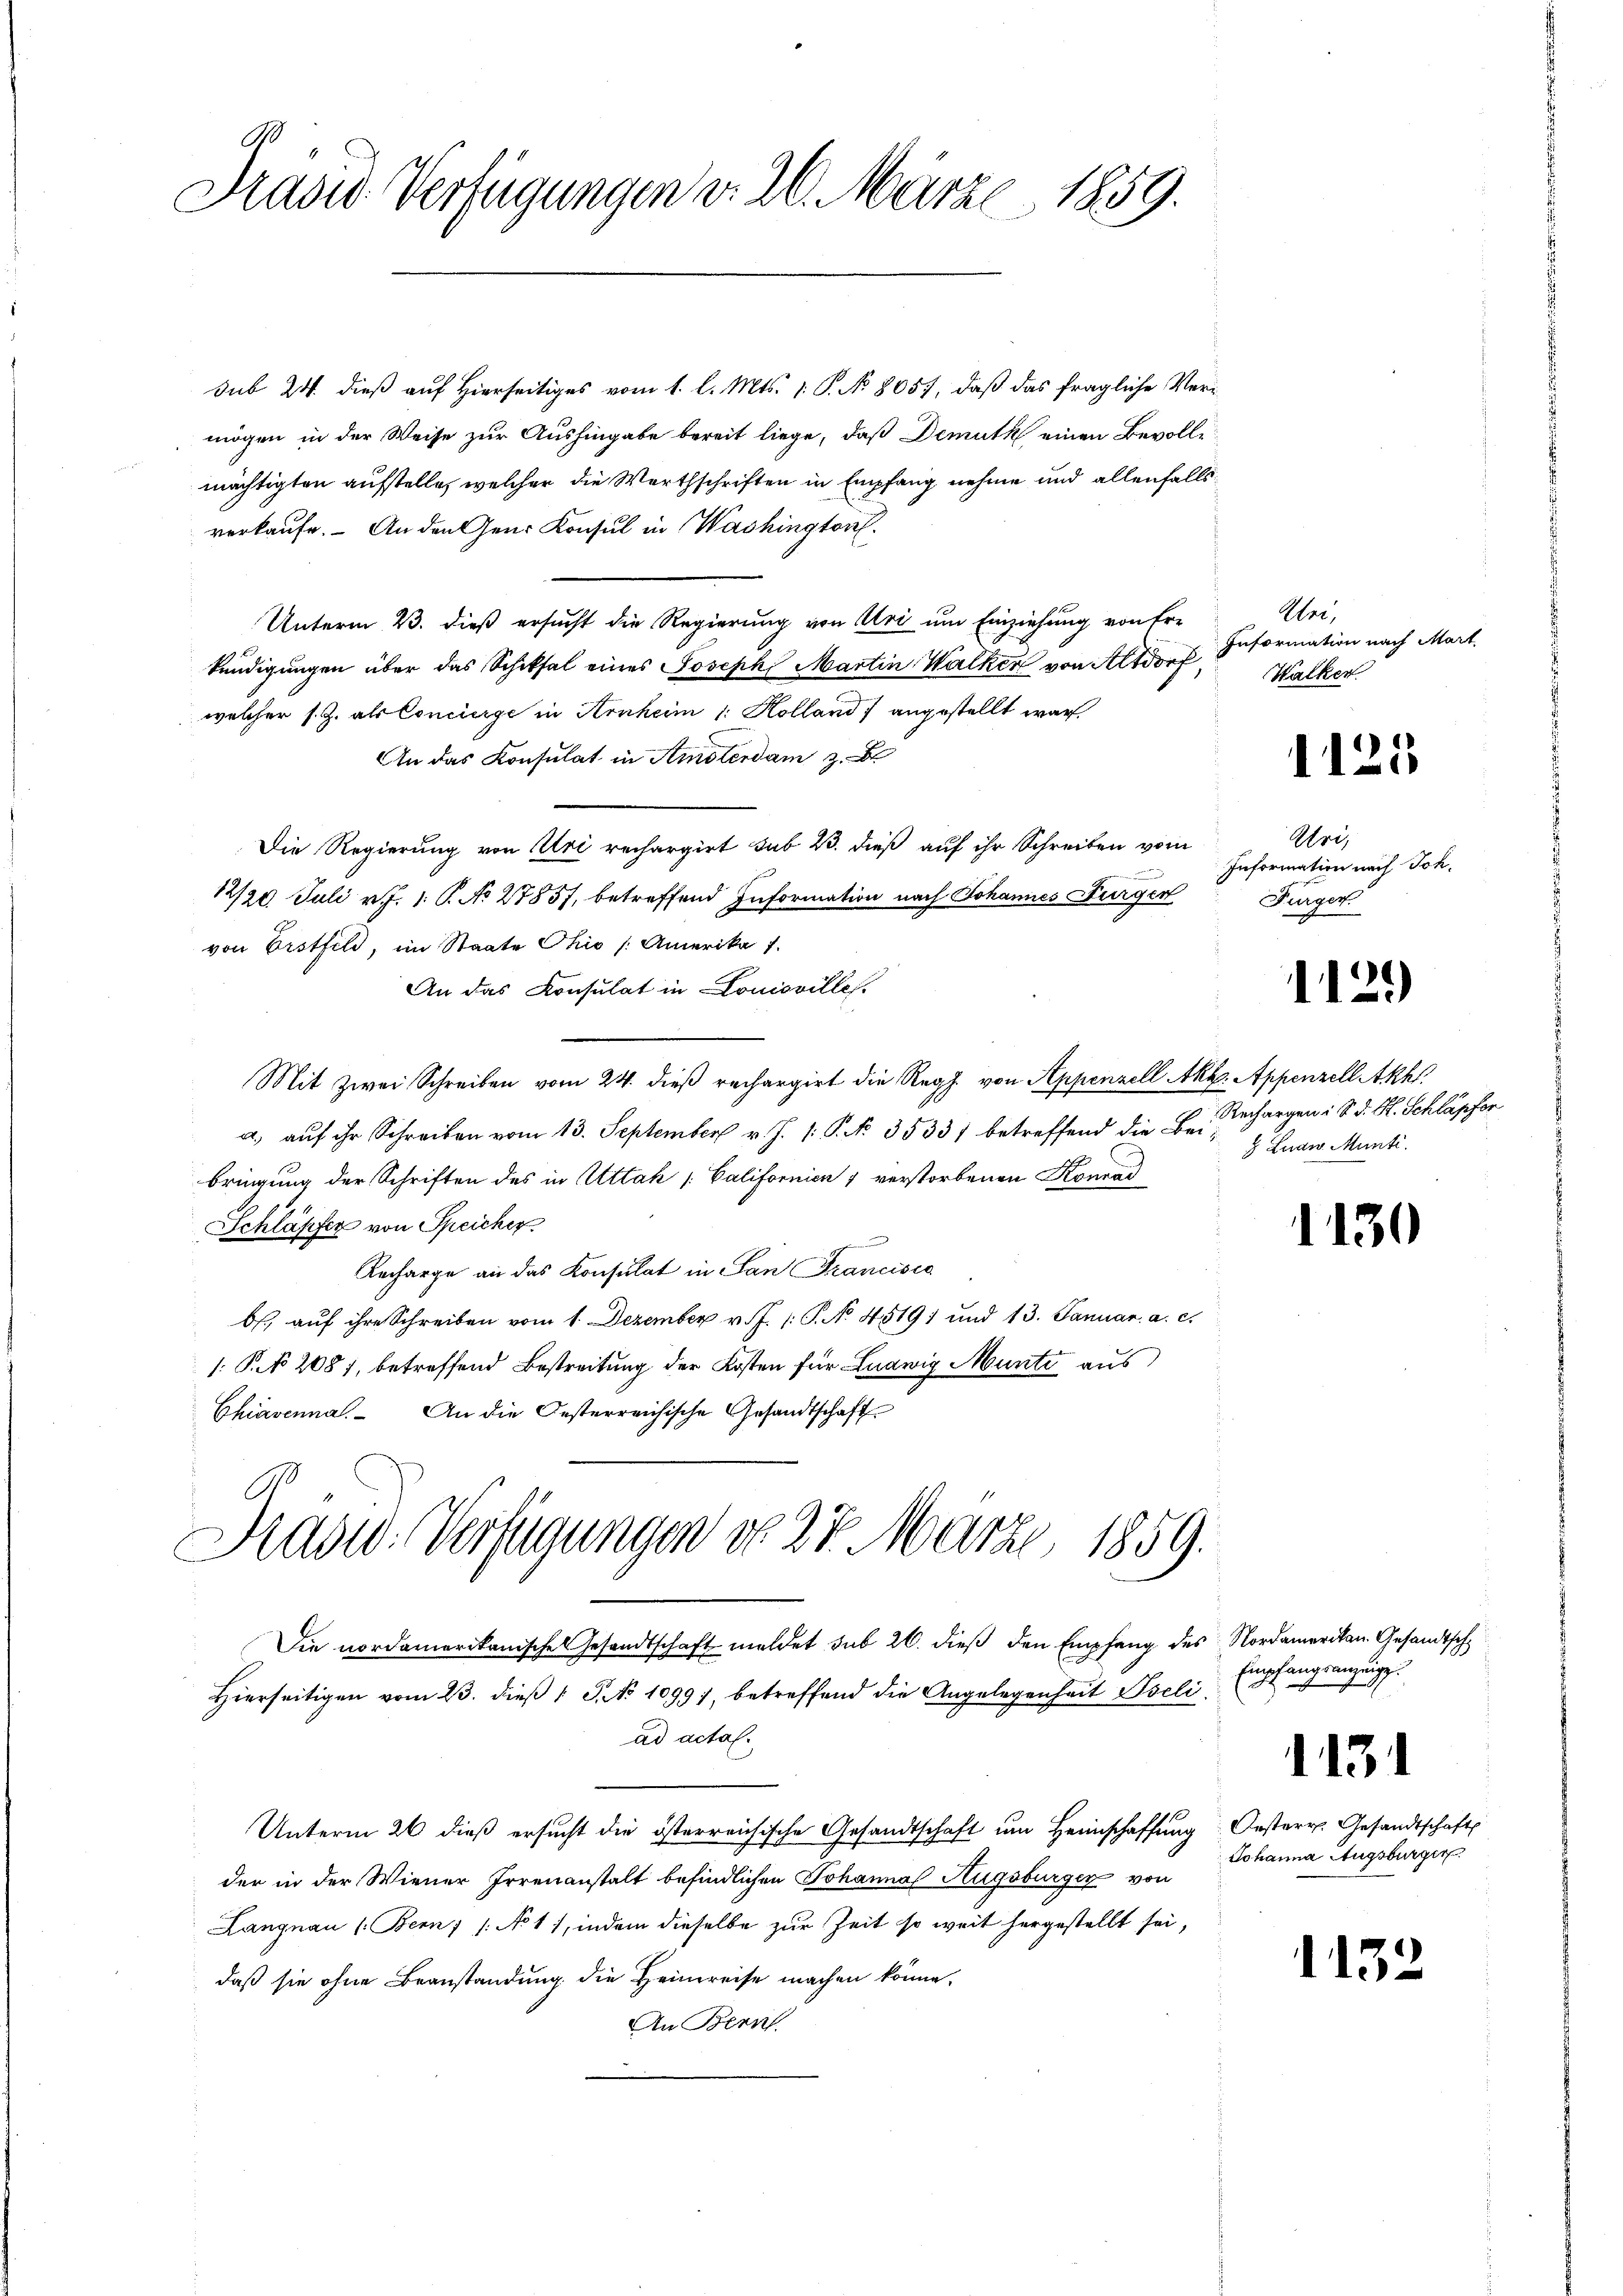
Präsid Verfügungen v. 26. März 1859.

sub 24. dieß auf Hierseitiges vom 1. l. Mts. v. P. No 8057, daß das fragliche Vermögen in der Weise zur Aushingabe bereit liege, daß Demuth einen Bevolle
mächtigten aufstelle, welcher die Werthschriften in Empfang nehme und allenfalls
verkaufe. - An den Gener Konsul in Washington¬
Unterm 23. dieß ersucht die Regierung von Uri um Einziehung von Er-
kündigungen über das Schiksal eines Joseph Martin Walker von Altdorf
welcher s. Z. als Concierge in Arnheim 1. Kolland) angestellt war.
An das Konsulat in Amsterdam 3.
Die Regierung von Uri rechargirt sub 23. dieß auf ihr Schreiben vom
12720 Juli v. J. 1. P. No 27857, betreffend Information nach Johannes Furger
von Erstfild, im Staate Ohio /: Amerika 1.
An das Konsulat in Louisvilles.
Mit zwei Schreiben vom 24. dieß rechargirt die Reg. von Appenzell Akk. Appenzell Akh.
a, aŭf ihr Schreiben vom 13. September v. J. /: P. No. 3533) betreffend die Be- Rechargen i S. d. S. Schläpfer
bringung der Schriften des in Attah [Californien 1 verstorbenen Konrad
Schläfifer von Speicher
e
Recharge an das Konsulat in San Francisce
b. aŭf ihre Schreiben vom 1. Dezember v. J. 1. P. No. 4519) und 13. Januar a. c.
 §. 2081, betreffend Bestreitung der Kosten für Ludwig Munte aus
Chiavenna. An die Oesterreichische Gesandtschaft
Präsid. Verfügungen do 27. März 1859.
Die nordamerikanische Gesandtschaft meldet sub 26. dieß den Empfang des Nordamerikan. Gesandtsch¬
Hierseitigen vom 23. dieβ " G. No 1099), betreffend die Angelegenheit Iseliad actal.
Unterm 26 dieß ersucht die österreichische Gesandtschaft um Heimschaffung Oesterr. Gesandtschafts
der in der Wiener Irrenanstalt befindlichen Johanna Augsburger von
Langnau (Bern /: No 11, indem dieselbe zur Zeit so weit hergestellt sei,
daß sie ohne Beanstandung die Heimreise machen könne,
An Bern.

Uri,
Information nach Mart.
Walken

1125

Uri,
Information nach Joh.
Fürger

1129

Luaw. Munti.

1130

Empfangsanzeige.

1131

Johanna Augsburger

1132